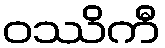
ဝဿိကီ